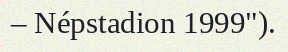
– Népstadion 1999").